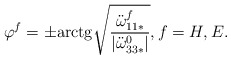
\begin{align*}\varphi^f = \pm\mathrm{arctg} \sqrt{\frac{\ddot{\omega}_{11*}^f}{|\ddot{\omega}^0_{33*}|}}, f=H, E.\end{align*}